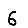
Digit: 6